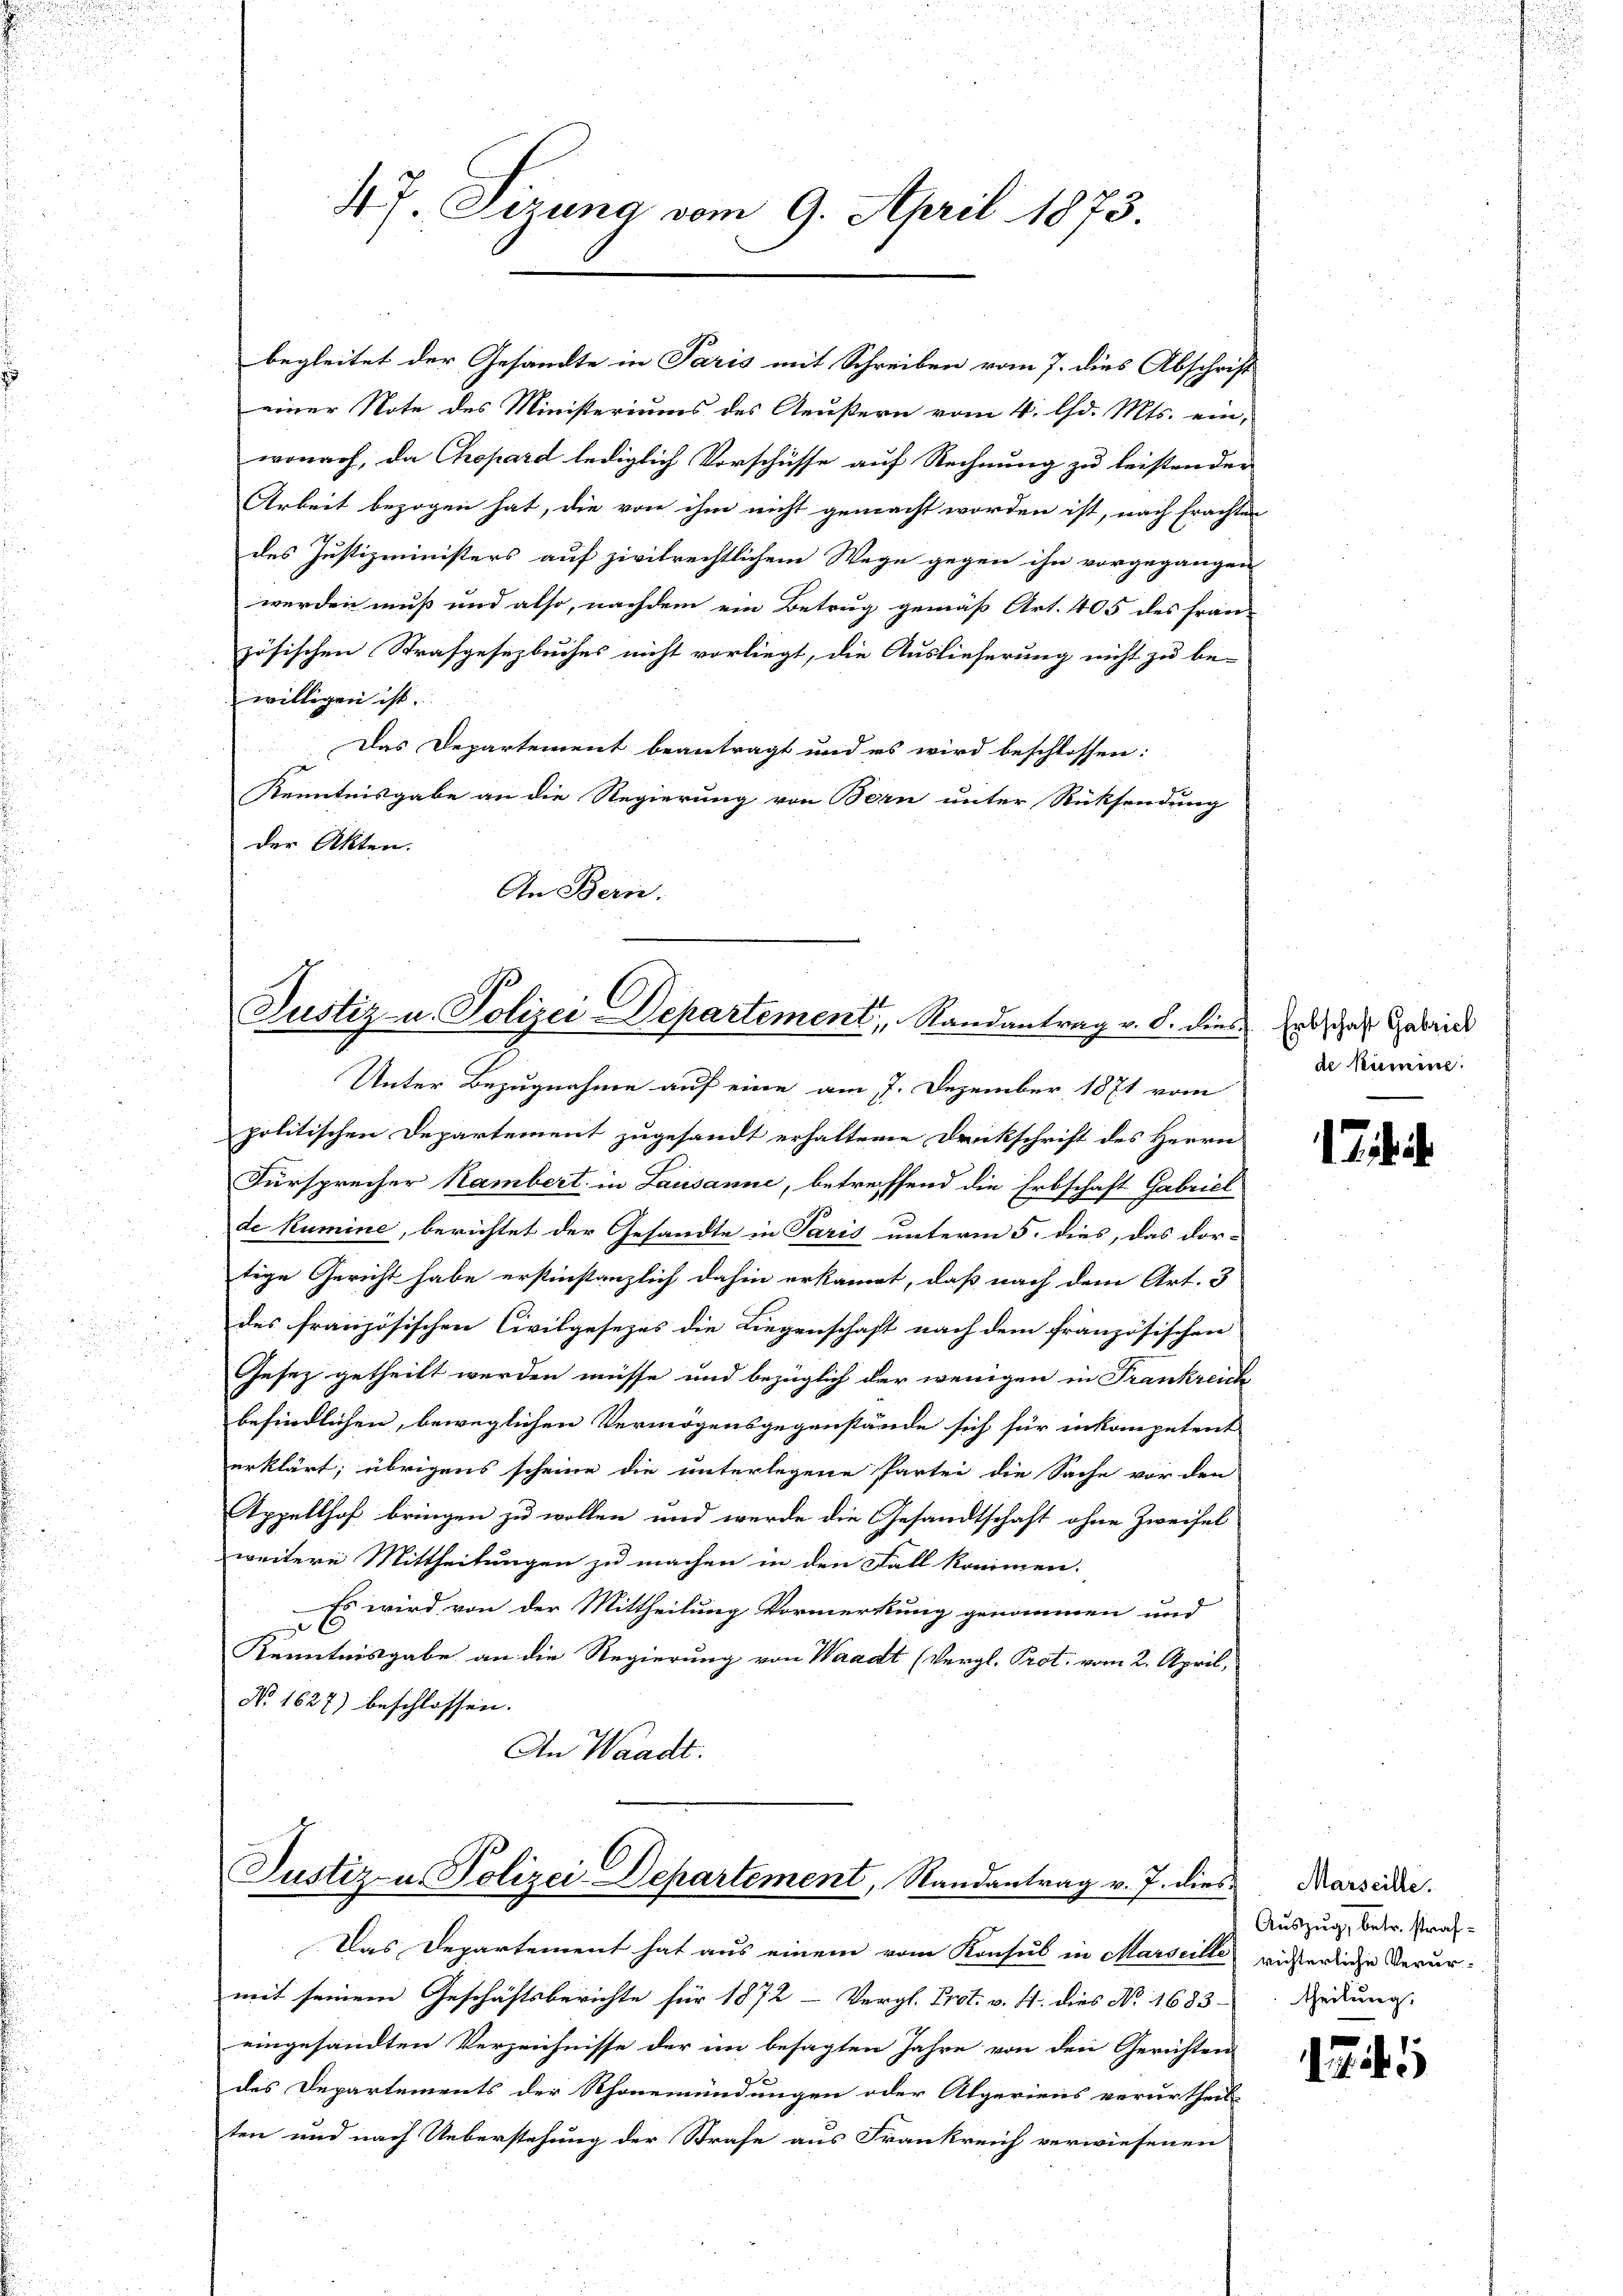
47. Sirung vom 9. April 1873.

begleitet der Gesandte in Paris mit Schreiben vom 7. dies Abschrift
einer Note des Ministeriums des Aeußern vom 4. d. Mts. ein,
wonach, da Chopard lediglich Vorschüsse auf Rechnung zu leistenden
Arbeit bezogen hat, die von ihm nicht gemacht worden ist, nach frachten
des Justizministers auf zivilrechtlichem Wege gegen ihn vorgegangen
werden muß und also, nachdem ein Betrug gemäß Art. 405 des fran-
zösischen Strafgesetzbuches nicht vorliegt, die Auslieferung nicht zu be-
willigen ist.
Das Departement beantragt und es wird beschlossen:
Kenntnisgabe an die Regierung von Bern unter Rücksendung
der Akten.
An Bern.

Justiz- u. Polizei Departement, Randantrag v. d. dies hat, das Gebried

Unter Bezugnahme auf eine am 7. Dezember 1871 vom
politischen Departement zugesandt erhaltene Druckschrift des Herrn
Fürsprecher Rambert in Lausanne, betreffend die Erbschaft Gabriel
de Kumine, berichtet der Gesandte in Paris unterm 5. dies, das dor-
tige Gericht habe erstinstanzlich dahin erkannt, daß nach dem Art. 3
des französischen Civilgesezes die Liegenschaft nach dem französischen
Gesez getheilt werden müsse und bezüglich der wenigen in Frankreich
befindlichen, beweglichen Vermögensgegenstände sich für inkompetent
erklärt; übrigens scheine die unterlegene Partei die Sache vor den
Appellhof bringen zu wollen und werde die Gesandtschaft ohne Zweifel
weitere Mittheilungen zu machen in den Fall kommen.
Es wird von der Mittheilung Vormerkung genommen und
Kenntnisgabe an die Regierung von Waadt (Vergl. Prot. vom 2. April,
No 1627) beschlossen.
An Waadt.

Justiz- u. Polizei-Departement, Randantrag v. J. dies

Das Departement hat aus einem vom Konsul in Marseille
mit seinem Geschäftsberichte für 1872 - Vergl. Prot. v. Js. dies No. 1683
eingesandten Verzeichnisse der im besagten Jahre von den Gerichten
des Departements der Rhonemündungen oder Alperiens verurtheil-
ten und nach Ueberstehung der Strafe aus Frankreich verwiesenen

de Numen.

i

Marseille.
Auszug, betr. strafrichterliche Verurtheilung.

17